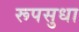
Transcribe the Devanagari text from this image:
रूपसुधा